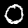
Digit: 0